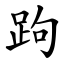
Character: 跔